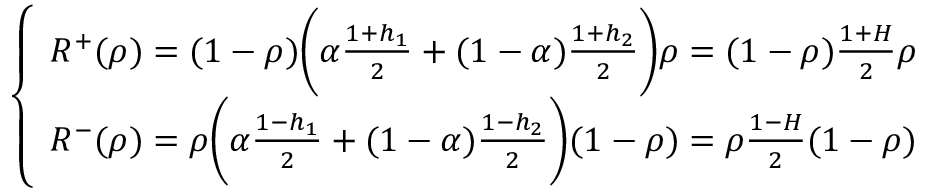
\begin{array} { r } { \left\{ \begin{array} { l l } { R ^ { + } ( \rho ) = ( 1 - \rho ) \bigg ( \alpha \frac { 1 + h _ { 1 } } { 2 } + ( 1 - \alpha ) \frac { 1 + h _ { 2 } } { 2 } \bigg ) \rho = ( 1 - \rho ) \frac { 1 + H } { 2 } \rho } \\ { R ^ { - } ( \rho ) = \rho \bigg ( \alpha \frac { 1 - h _ { 1 } } { 2 } + ( 1 - \alpha ) \frac { 1 - h _ { 2 } } { 2 } \bigg ) ( 1 - \rho ) = \rho \frac { 1 - H } { 2 } ( 1 - \rho ) } \end{array} \right. } \end{array}